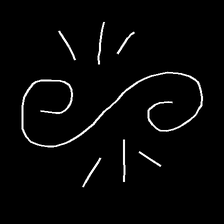
Glyph: wind-directs-air